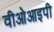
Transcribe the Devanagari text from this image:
वीओआइपी